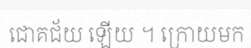
ជោគជ័យ ឡើយ ។ ក្រោយមក